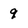
Character: 9